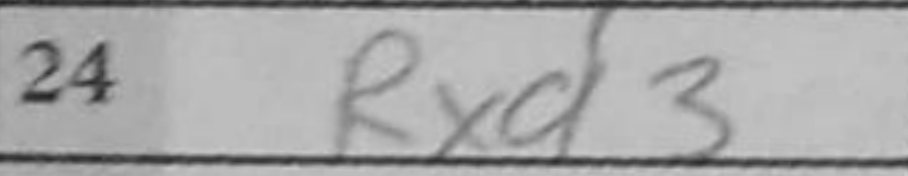
Transcription: Rxa3